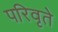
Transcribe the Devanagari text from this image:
परिवृते